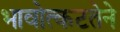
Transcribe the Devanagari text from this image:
भावोत्कटतेने